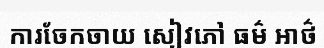
ការចែកចាយ សៀវភៅ ធម៌ អាថ៌